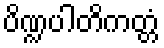
ပိဏ္ဍပါတိကတ္တံ